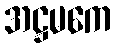
အဋ္ဌမကေ